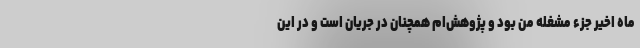
ماه اخیر جزء مشغله من بود و پژوهش‌ام همچنان در جریان است و در این